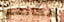
مكانهما